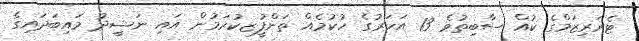
ޓެރަރިޒަމްގެ ކުއް ސާބިތުވެ 13 އަހަރުގެ ހުކުމެއް ތަންފީުޒކުރަމުން އައި ނަޝީދު މައިބަދައިގެ